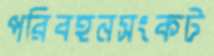
পরিবহনসংকট